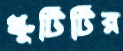
খুঁটিটির